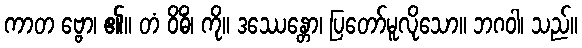
ကာတ ဗ္ဗော၊ ၏။ တံ ဝိဓိံ၊ ကို။ ဒဿေန္တော၊ ပြတော်မူလိုသော။ ဘဂဝါ၊ သည်။